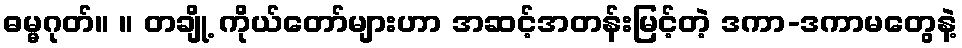
ဓမ္မဂုတ်။ ။ တချို့ ကိုယ်တော်များဟာ အဆင့်အတန်းမြင့်တဲ့ ဒကာ-ဒကာမတွေနဲ့